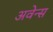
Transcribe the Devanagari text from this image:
अवेन्स